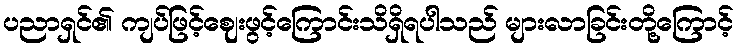
ပညာရှင်၏ ကျပ်ဖြင့်ဈေးဖွင့်ကြောင်းသိရှိရပါသည် များလာခြင်းတို့ကြောင့်